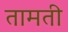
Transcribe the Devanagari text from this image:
तामती